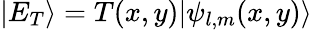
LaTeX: {\left|{E_{T}}\right\rangle}=T(x,y){\left|{\psi_{l,m}(x,y)}\right\rangle}